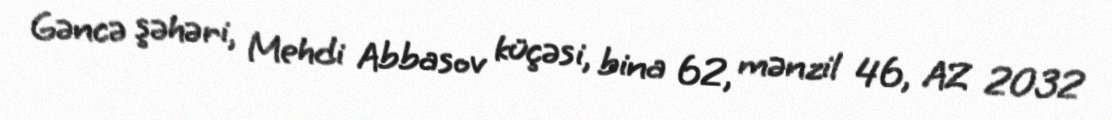
Gəncə şəhəri, Mehdi Abbasov küçəsi, bina 62, mənzil 46, AZ 2032